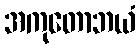
အကုတောဘယံ